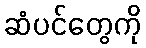
ဆံပင်တွေကို